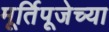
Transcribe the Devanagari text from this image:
मूर्तिपूजेच्या